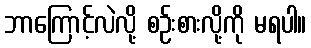
ဘာကြောင့်လဲလို့ စဉ်းစားလို့ကို မရပါ။